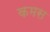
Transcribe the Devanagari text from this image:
कमस